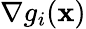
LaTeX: \nabla g_{i}(\mathbf{x})